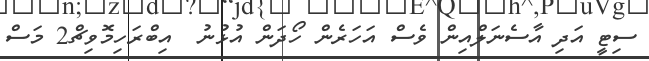
ސިޓީ އަދި އާސެނަލްއިން ވެސް އަހަރެން ހޯދަން އުޅުނު  އިބްރަހިމޮވިޗް2 މަސް